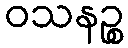
ဝသနဉ္စ